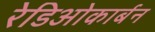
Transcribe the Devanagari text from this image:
रेडिओकार्बन